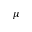
\boldsymbol { \mu }